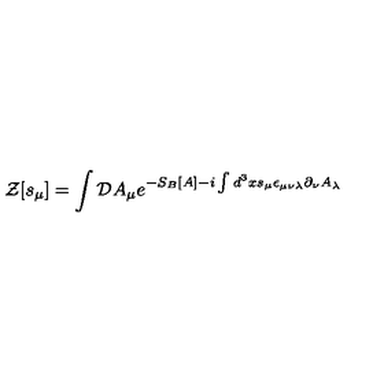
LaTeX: { \mathcal Z } [ s _ { \mu } ] = \int { \mathcal D } A _ { \mu } e ^ { - S _ { B } [ A ] - i \int d ^ { 3 } x s _ { \mu } \epsilon _ { \mu \nu \lambda } \partial _ { \nu } A _ { \lambda } }